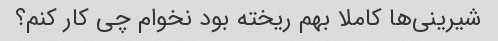
شیرینی‌ها کاملا بهم ریخته بود نخوام چی کار کنم؟